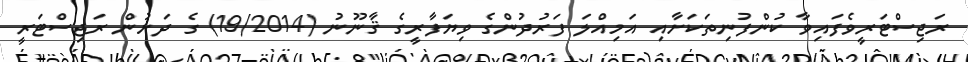
ރަޖިސްޓަރީވެފައިވާ ކުންފުނިތަކަށާއި އަމިއްލަ ފަރުދުންގެ ވިޔަފާރީގެ ޤާނޫނު (19/2014) ގެ ދަށުން ރަޖިސްޓަރީ